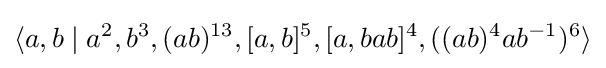
\langle a,b\mid a^{2},b^{3},(ab)^{13},[a,b]^{5},[a,bab]^{4},((ab)^{4}ab^{-1})^{6}\rangle